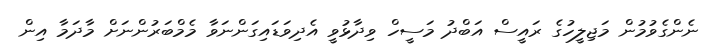
ނެންގެވުމުން މަޖިލީހުގެ ރައީސް އަބްދު މަސީހް ވިދާޅުވީ އެދިވަޑައިގަންނަވާ މެމްބަރުންނަށް މާދަމާ އިން